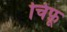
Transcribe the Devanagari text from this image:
चिफ़ू